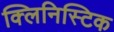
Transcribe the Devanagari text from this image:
क्लिनिस्टिक